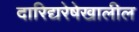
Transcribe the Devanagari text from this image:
दारिद्यरेषेखालील